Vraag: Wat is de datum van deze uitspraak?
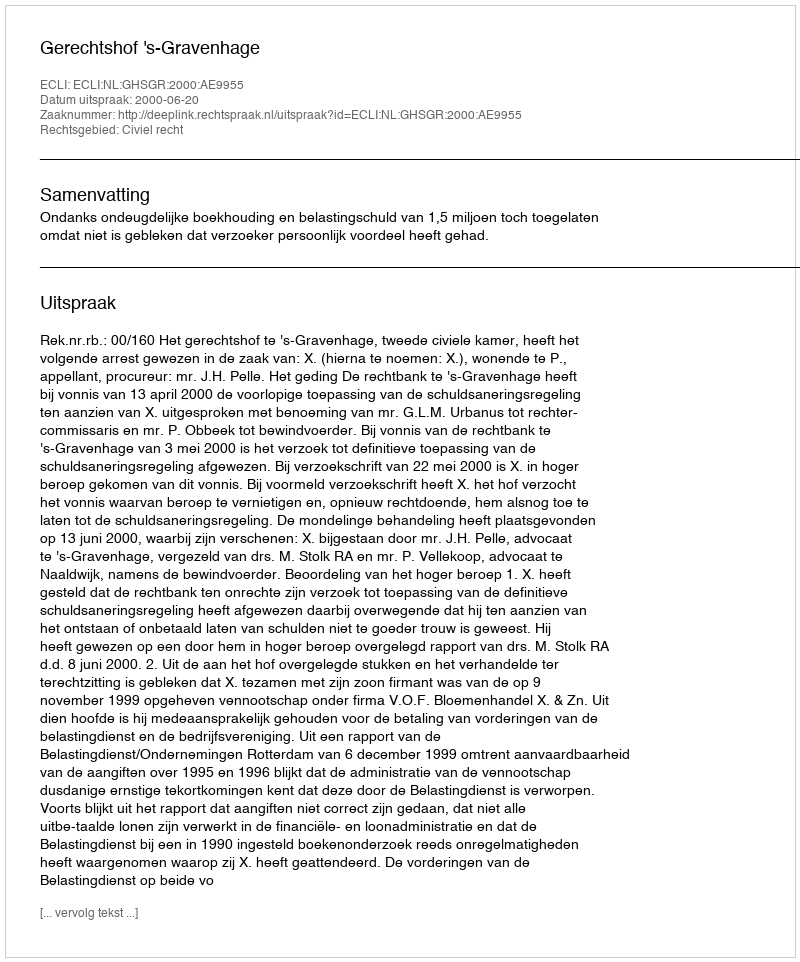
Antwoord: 2000-06-20